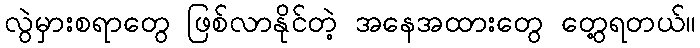
လွဲမှားစရာတွေ ဖြစ်လာနိုင်တဲ့ အနေအထားတွေ တွေ့ရတယ်။